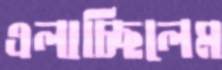
এলাচ্ছিলেম